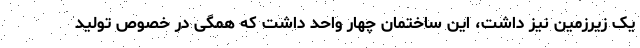
یک زیرزمین نیز داشت، این ساختمان چهار واحد داشت که همگی در خصوص تولید